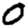
Digit: 0